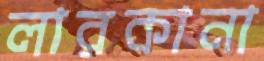
লারকানা